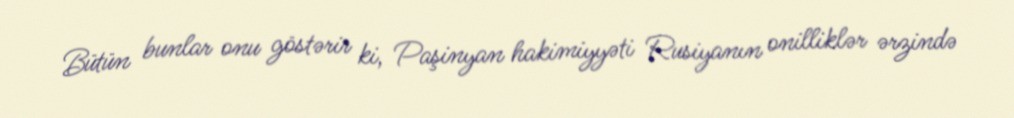
Bütün bunlar onu göstərir ki, Paşinyan hakimiyyəti Rusiyanın onilliklər ərzində